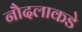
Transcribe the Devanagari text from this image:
नौदलाकडे